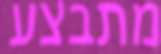
מתבצע